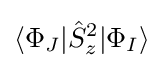
\langle \Phi _{J}|{\hat {S}}_{z}^{2}|\Phi _{I}\rangle